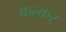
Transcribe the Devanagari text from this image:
कन्कर्